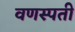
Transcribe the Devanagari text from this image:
वणस्पती